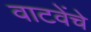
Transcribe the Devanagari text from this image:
वाटवेंचे